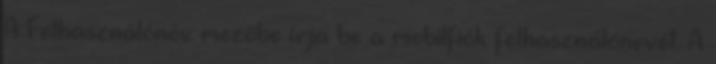
A Felhasználónév mezőbe írja be a mobilfiók felhasználónevét. A